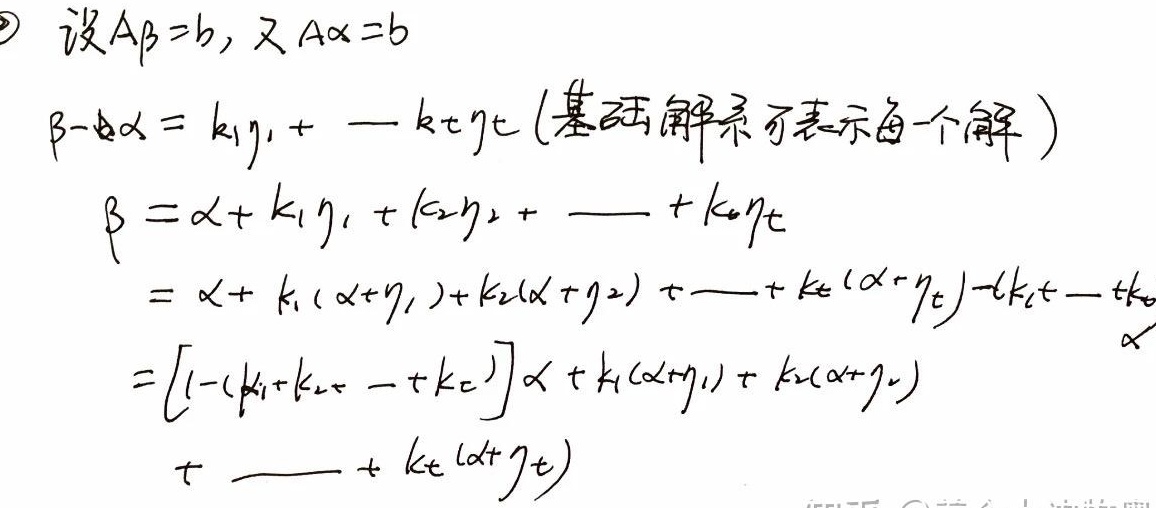
\textcircled{2} 设\(A\beta = b\)，又\(A\alpha = b\)。因为基础解系可表示每一个解，所以\(\beta - \alpha = k_1\eta_1 + \cdots + k_t\eta_t\)。
\begin{align*}
\beta&=\alpha + k_1\eta_1 + k_2\eta_2+\cdots +k_t\eta_t\\
&=\alpha + k_1(\alpha+\eta_1)+k_2(\alpha + \eta_2)+\cdots +k_t(\alpha+\eta_t)-tk_t-\cdots -tk_1\alpha\\
&=\left[1-(k_1 + k_2+\cdots +k_t)\right]\alpha + k_1(\alpha+\eta_1)+k_2(\alpha+\eta_2)\\
&\quad+\cdots +k_t(\alpha+\eta_t)
\end{align*}